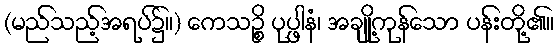
(မည်သည့်အရပ်၌။) ကေသဉ္စိ ပုပ္ဖါနံ၊ အချို့ကုန်သော ပန်းတို့၏။